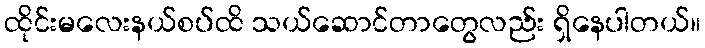
ထိုင်းမလေးနယ်စပ်ထိ သယ်ဆောင်တာတွေလည်း ရှိနေပါတယ်။